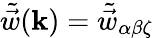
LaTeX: \tilde{\vec{w}}(\mathbf{k})=\tilde{\vec{w}}_{\alpha\beta\zeta}